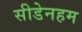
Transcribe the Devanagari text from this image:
सीडेनहम